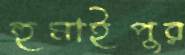
হুমাইপুর